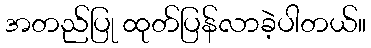
အတည်ပြု ထုတ်ပြန်လာခဲ့ပါတယ်။